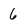
Character: 6